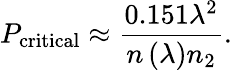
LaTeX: P_{\mathrm{critical}}\approx\frac{0.151\lambda^{2}}{n\left(\lambda\right)n_{2}}.